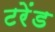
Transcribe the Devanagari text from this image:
टरेंड